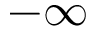
- \infty